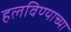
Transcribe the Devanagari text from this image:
हलविण्याच्या